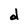
Character: d